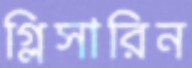
গ্লিসারিন